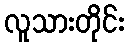
လူသားတိုင်း